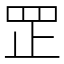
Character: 𦊆